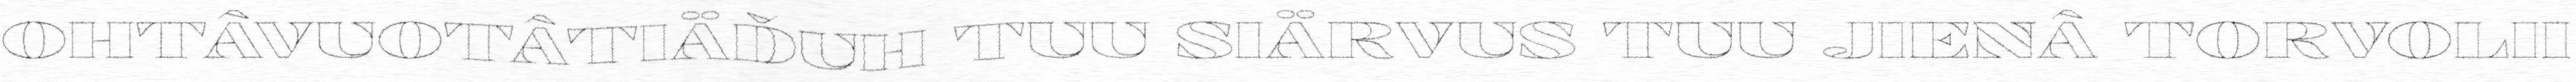
OHTÂVUOTÂTIÄĐUH TUU SIÄRVUS TUU JIENÂ TORVOLII